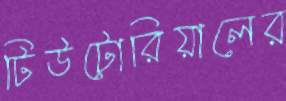
টিউটোরিয়ালের